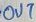
Text: OUT